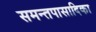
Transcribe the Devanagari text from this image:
समन्तपासादिका